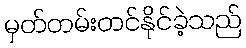
မှတ်တမ်းတင်နိုင်ခဲ့သည်